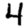
Digit: 4